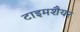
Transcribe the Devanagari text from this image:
टाइमशैयर